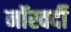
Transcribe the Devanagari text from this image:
नॉस्वर्दी